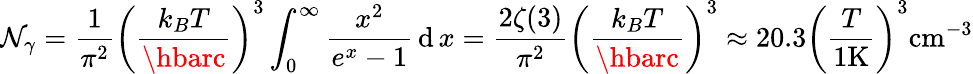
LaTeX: \mathcal{N}_{\gamma}={\frac{{1}}{{\pi^{2}}}}{\left({\frac{{k_{B}T}}{{\hbarc}}}\right)}^{3}\int_{0}^{\infty}{\frac{{x^{2}}}{{e^{x}-1}}}\operatorname{d}x={\frac{{2\zeta(3)}}{{\pi^{2}}}}{\left({\frac{{k_{B}T}}{{\hbarc}}}\right)}^{3}\approx20.3\left({\frac{{T}}{{1{\mathrm{{K}}}}}}\right)^{3}{\mathrm{{cm}}}^{-3}